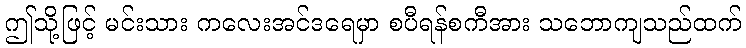
ဤသို့ဖြင့် မင်းသား ကလေးအင်ဒရေမှာ စပီရန်စကီအား သဘောကျသည်ထက်